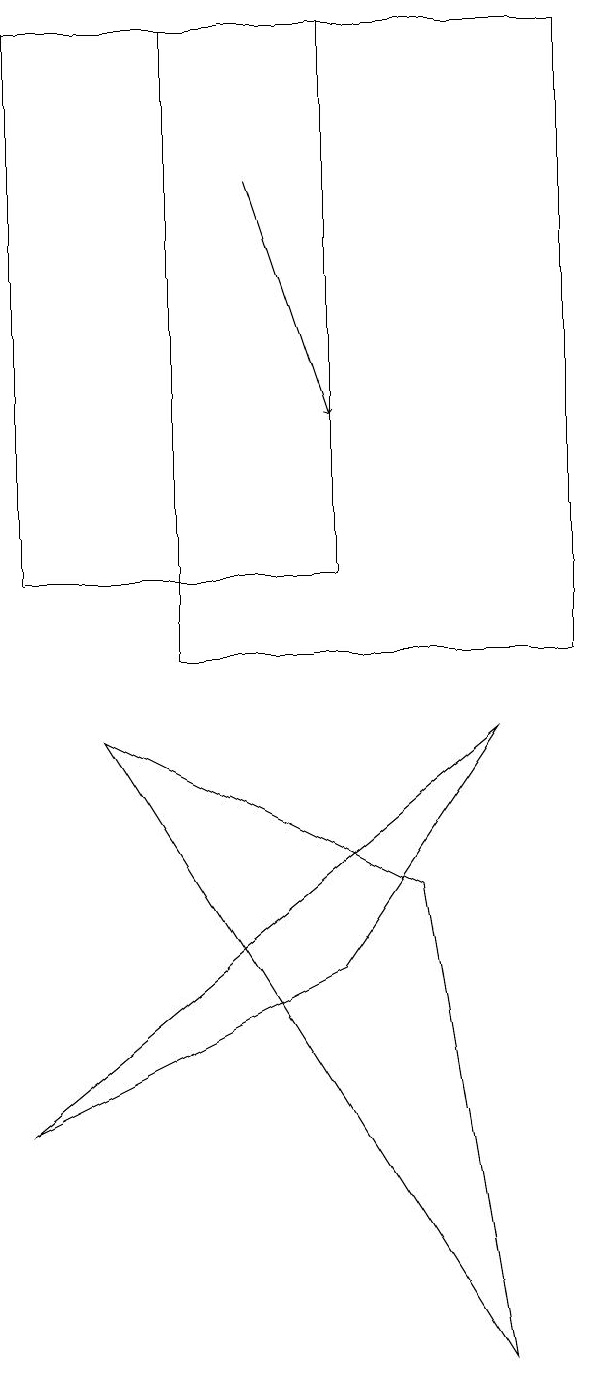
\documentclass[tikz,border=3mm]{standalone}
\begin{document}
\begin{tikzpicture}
\draw (0,11) rectangle (4,18);
\draw (5,7) -- (6,1) -- (1,9) -- cycle;
\draw (2,10) rectangle (7,18);
\draw[->] (3,16) -- (4,13);
\draw (6,9) -- (4,6) -- (0,4) -- cycle;
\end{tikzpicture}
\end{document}